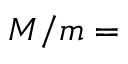
M / m =